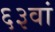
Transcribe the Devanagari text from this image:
६३वां